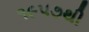
૧૯૫૭થી